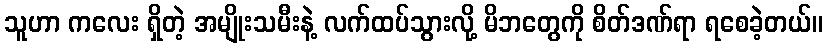
သူဟာ ကလေး ရှိတဲ့ အမျိုးသမီးနဲ့ လက်ထပ်သွားလို့ မိဘတွေကို စိတ်ဒဏ်ရာ ရစေခဲ့တယ်။